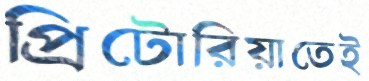
প্রিটোরিয়াতেই